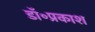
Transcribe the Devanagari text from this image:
डॉ॰प्रकाश